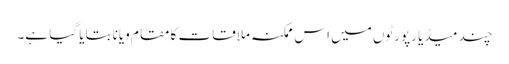
چند میڈیا رپورٹوں میں اس ممکنہ ملاقات کا مقام ویانا بتایا گیا ہے۔